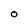
Character: 0